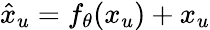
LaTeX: \hat{x}_{u}=f_{\theta}(x_{u})+x_{u}